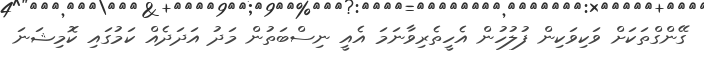
ގޭންގްތަކަށް ވަކިވަކިން ފުލުހުން އެހީތެރިވާނަމަ އެއީ ނިސްބަތުން މަދު އަދަދެއް ކަމުގައި ކޮމިޝަނަ